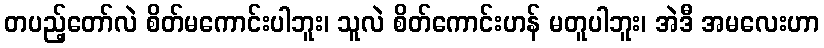
တပည့်တော်လဲ စိတ်မကောင်းပါဘူး၊ သူလဲ စိတ်ကောင်းဟန် မတူပါဘူး၊ အဲဒီ အမလေးဟာ